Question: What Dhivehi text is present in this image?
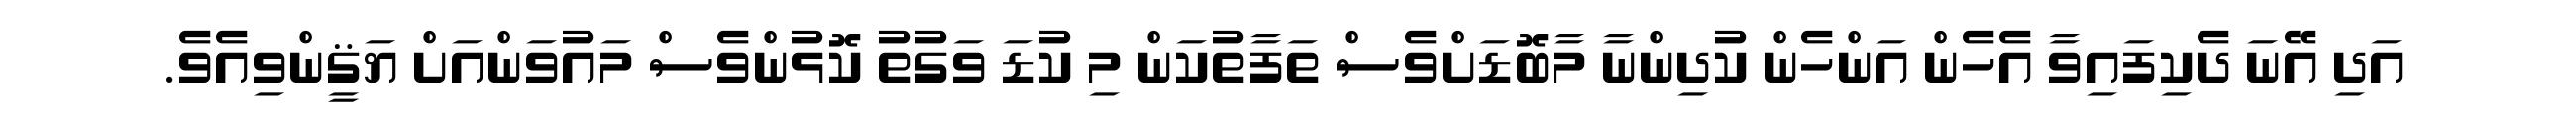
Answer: އަދި އޭނަ ދެކިފައިވާ އެހެން އަންހެން ކުދިންނާ މާބޮޑަށްވެސް ތަފާތުކަން މި ކުޑަ ވަގުތު ކޮޅުންވެސް މައުވަންއަށް ޔަޤީންވިއެވެ.